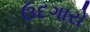
ઉદગારો